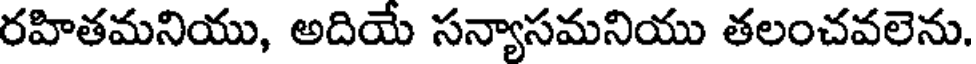
రహితమనియు, అదియే సన్యాసమనియు తలంచవలెను.